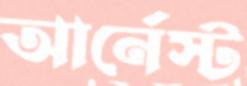
আর্নেস্ট